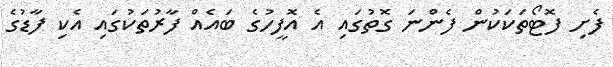
ފެށި ފޮޓޯތަކަކުން ފެންނަ ގޮތުގައި އެ އޮފީހުގެ ބައެއް ފާރުތަކުގައި އެކި ފާޑުގެ